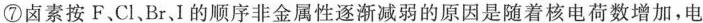
⑦卤素按F、Cl、Br、I的顺序非金属性逐渐减弱的原因是随着核电荷数增加，电